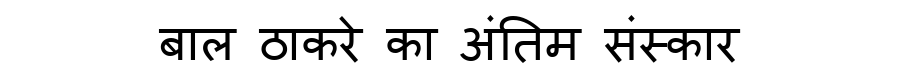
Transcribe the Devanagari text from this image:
बाल ठाकरे का अंतिम संस्कार